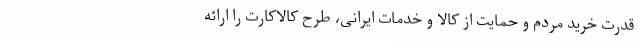
قدرت خرید مردم و حمایت از کالا و خدمات ایرانی، طرح کالاکارت را ارائه